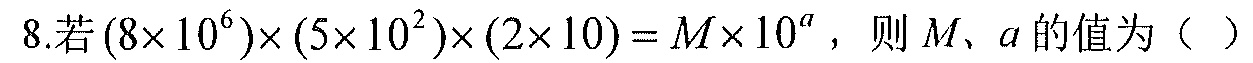
8.若\((8\times 10^{6})\times(5\times 10^{2})\times(2\times 10)=M\times 10^{a}\)，则\(M、a\)的值为（  ）